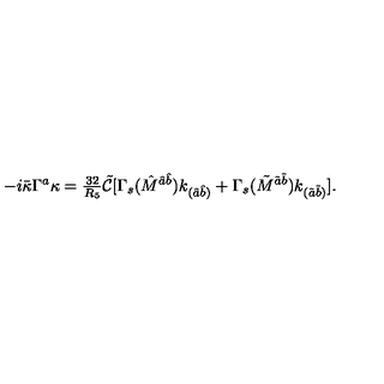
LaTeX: - i \bar { \kappa } \Gamma ^ { a } \kappa = { \textstyle \frac { 3 2 } { R _ { 5 } } } \tilde { \mathcal { C } } [ \Gamma _ { s } ( \hat { M } ^ { \hat { a } \hat { b } } ) k _ { ( \hat { a } \hat { b } ) } + \Gamma _ { s } ( \tilde { M } ^ { \tilde { a } \tilde { b } } ) k _ { ( \tilde { a } \tilde { b } ) } ] .